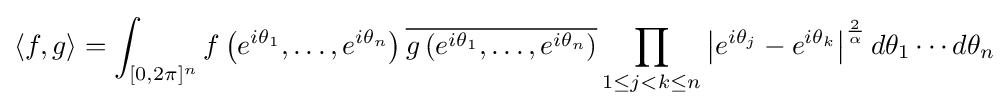
\langle f,g\rangle =\int _{[0,2\pi ]^{n}}f\left(e^{i\theta _{1}},\ldots ,e^{i\theta _{n}}\right){\overline {g\left(e^{i\theta _{1}},\ldots ,e^{i\theta _{n}}\right)}}\prod _{1\leq j<k\leq n}\left|e^{i\theta _{j}}-e^{i\theta _{k}}\right|^{\frac {2}{\alpha }}d\theta _{1}\cdots d\theta _{n}